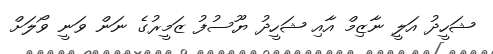
ޝަހީދު އަލީ ނާޒިމް އާއި ޝަހީދު ޔޫސުފު ޒަމީރުގެ ނަން ވަނީ ވޯލަށް